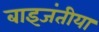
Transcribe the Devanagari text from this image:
बाइजंतीया